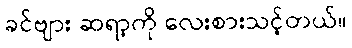
ခင်ဗျား ဆရာ့ကို လေးစားသင့်တယ်။